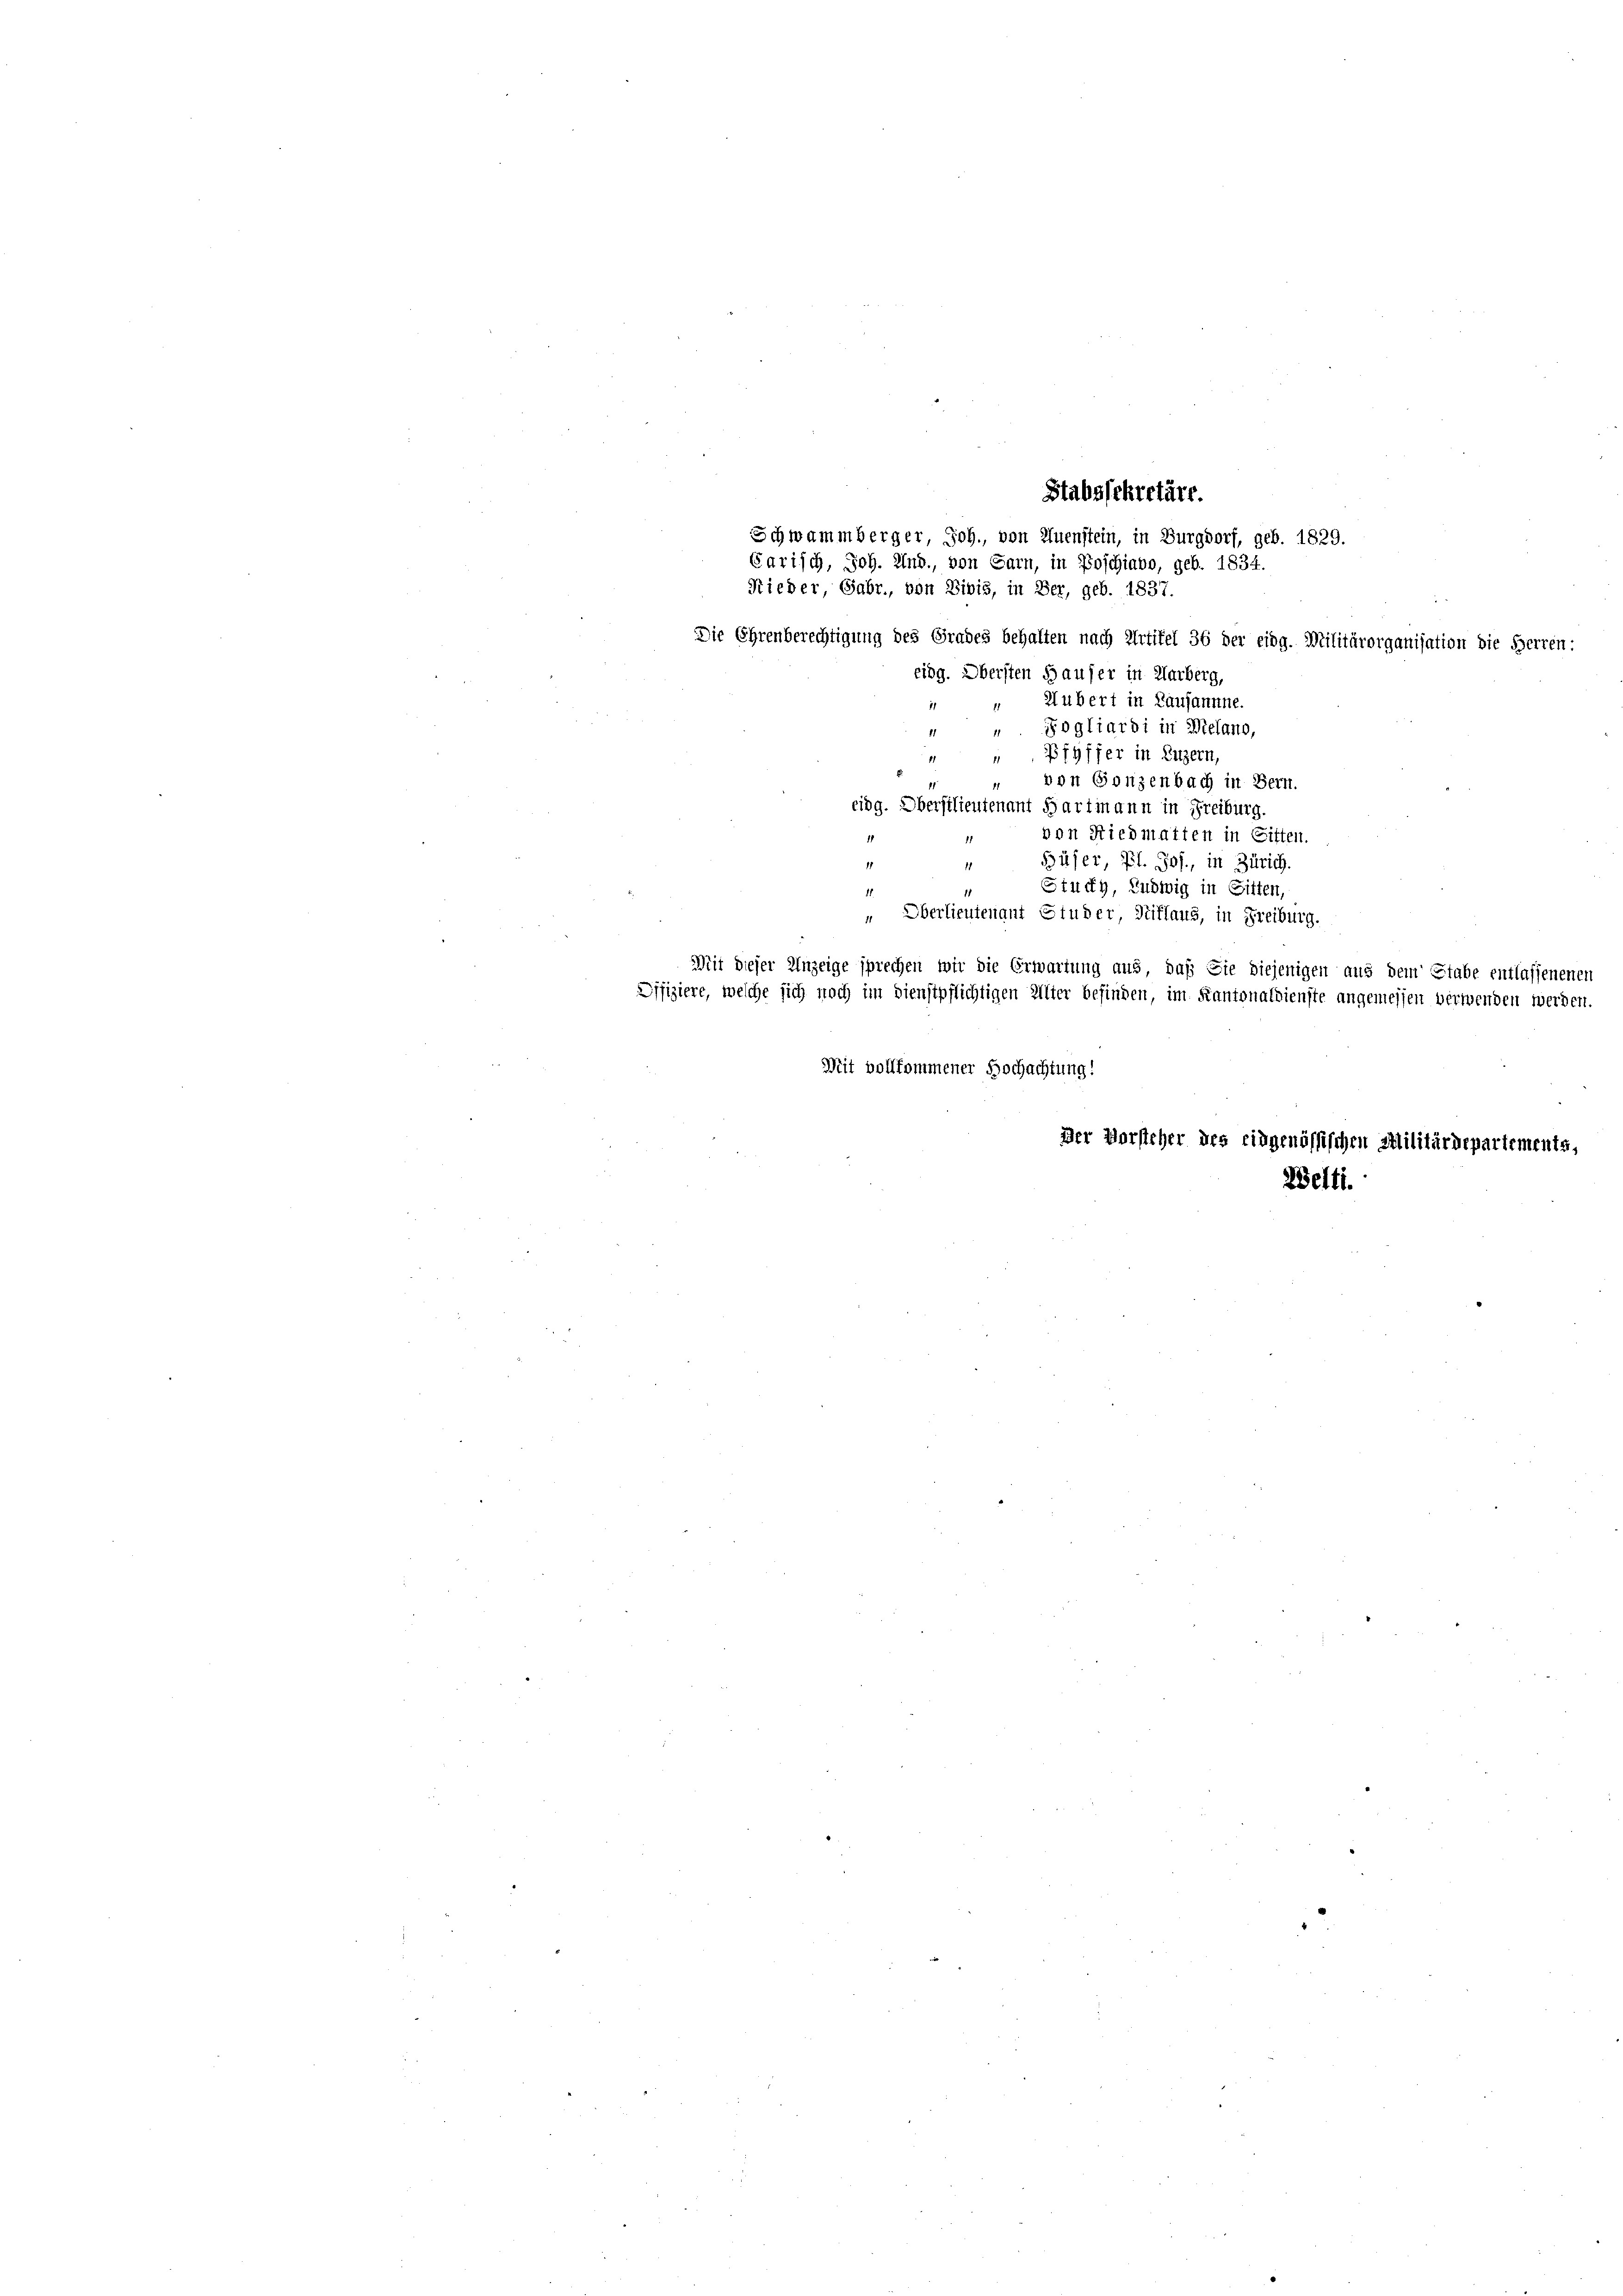
Garisch, Joh. Und., von Sarn, in Poschiavo, geb. 1834.
Rieder, Gabr., von Divis, in Ber, geb. 1837.
Die Ehrenberechtigung des Grades behalten nach Artikel 36 der eidg. Militärorganisation die Herren:
eidg. Obersten Hauser in Aarberg,
Hubert in Lausannne.
1
Fogliardi in Melano,
Pfyffer in Luzern,
" von Gonzenbach in Bern.
cing. Oberstlieutenant Hartmann in Freiburg.
von Riedmatten in Gitten.
1
Büser, P. Jos., in Zürich.
1
.
Stuckh, Ludwig in Gitten,
11
" Oberlieutenant Studer, Stiflaus, in Freiburg.
Mit dieser Anzeige sprechen wir die Erwartung aus, daß Sie diejenigen aus dem Stabe entlassenenen
Offiziere, welche sich noch im dienstpflichtigen Alter befinden, im Kantonaldienste angemessen verwenden werden.
Mit vollkommener Hochachtung!

Stabssekretäre.
Schwammberger, Joh., von Quenstein, in Burgdorf, geb. 1829.

Welti.

Der Vorsteher des eidgenössischen Militärdepartements,